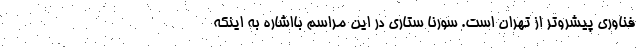
فناوری پیشروتر از تهران است. سورنا ستاری در این مراسم بااشاره به اینکه